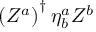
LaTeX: \left( Z ^ { a } \right) ^ { \dagger } \eta _ { b } ^ { a } Z ^ { b }